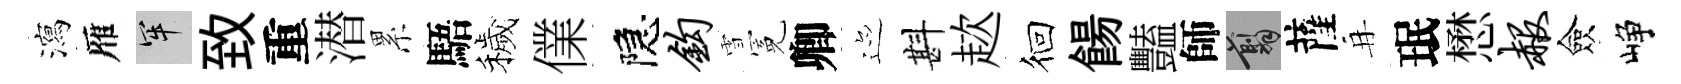
瀉雁牢致重潜累䮏穢㒒隠钩雪冕卿迹斟趑徊餳豔師翦薩再珉懋赧僉峥